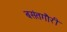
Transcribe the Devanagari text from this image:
बसंतगौरी